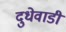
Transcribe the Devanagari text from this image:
दुधेवाडी